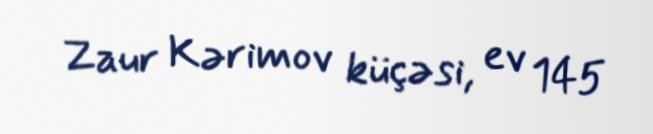
Zaur Kərimov küçəsi, ev 145